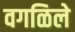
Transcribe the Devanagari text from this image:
वगळिले